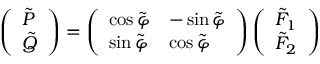
\left( \begin{array} { l } { { \tilde { P } } } \\ { { \tilde { Q } } } \end{array} \right) = \left( \begin{array} { l l } { { \cos \tilde { \varphi } } } & { { - \sin \tilde { \varphi } } } \\ { { \sin \tilde { \varphi } } } & { { \cos \tilde { \varphi } } } \end{array} \right) \left( \begin{array} { l } { { \tilde { F } _ { 1 } } } \\ { { \tilde { F } _ { 2 } } } \end{array} \right)